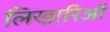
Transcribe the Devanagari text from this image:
लिखारिओं